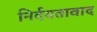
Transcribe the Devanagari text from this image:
निर्दयतावाद